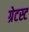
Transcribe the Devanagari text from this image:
ग्रेटस्ट